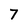
Character: 7